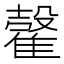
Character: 𩀠